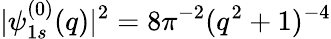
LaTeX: |\psi_{1s}^{(0)}(q)|^{2}={8}\pi^{-2}(q^{2}+1)^{-4}